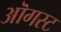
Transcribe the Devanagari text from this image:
ऒगस्ट